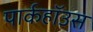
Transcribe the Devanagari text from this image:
पार्कहॉउस